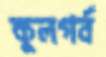
কুলগর্ব